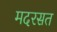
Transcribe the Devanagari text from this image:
मदरसत